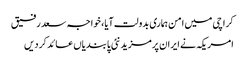
کراچی میں امن ہماری بدولت آیا، خواجہ سعد رفیق
امریکہ نے ایران پرمزید نئی پابندیاں عائد کردیں